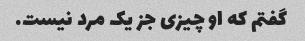
گفتم که او چیزی جز یک مرد نیست.